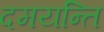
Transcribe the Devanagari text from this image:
दमयन्ति